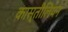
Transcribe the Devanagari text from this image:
कास्तीलियन